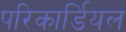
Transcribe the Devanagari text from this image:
परिकार्डियल